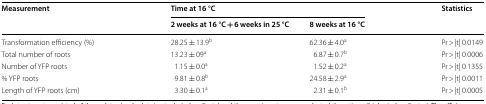
<table><thead><tr><td rowspan="2"><b>Measurement</b></td><td colspan="2"><b>Time at 16 °C</b></td><td rowspan="2"><b>Statistics</b></td></tr><tr><td><b>2 weeks at 16 °C + 6 weeks in 25 °C</b></td><td><b>8 weeks at 16 °C</b></td></tr></thead><tbody><tr><td>Transformation efficiency (%)</td><td>28.25 ± 13.9<sup>b</sup></td><td>62.36 ± 4.0<sup>a</sup></td><td>Pr &gt; |t| 0.0149</td></tr><tr><td>Total number of roots</td><td>13.23 ± 09<sup>a</sup></td><td>6.87 ± 0.7<sup>b</sup></td><td>Pr &gt; |t| 0.0006</td></tr><tr><td>Number of YFP roots</td><td>1.15 ± 0.0<sup>a</sup></td><td>1.52 ± 0.2<sup>a</sup></td><td>Pr &gt; |t| 0.1355</td></tr><tr><td>% YFP roots</td><td>9.81 ± 0.8<sup>b</sup></td><td>24.58 ± 2.9<sup>a</sup></td><td>Pr &gt; |t| 0.0011</td></tr><tr><td>Length of YFP roots (cm)</td><td>3.30 ± 0.1<sup>a</sup></td><td>2.31 ± 0.1<sup>b</sup></td><td>Pr &gt; |t| 0.0005</td></tr></tbody></table>